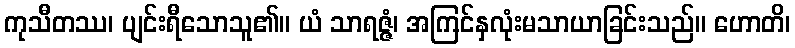
ကုသီတဿ၊ ပျင်းရီသောသူ၏။ ယံ သာရဇ္ဇံ၊ အကြင်နှလုံးမသာယာခြင်းသည်။ ဟောတိ၊